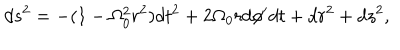
LaTeX: d s ^ { 2 } = - ( 1 - \Omega _ { 0 } ^ { 2 } r ^ { 2 } ) d t ^ { 2 } + 2 \Omega _ { 0 } r d \phi ^ { \prime } d t + d r ^ { 2 } + d z ^ { 2 } ,